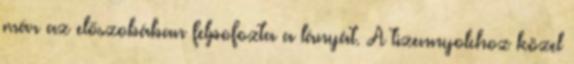
már az előszobában felpofozta a lányát. A tizennyolchoz közel